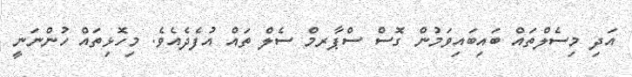
އަދި މިސެލްތައް ބައިބައިވަމުން ގޮސް ސްޕާރމް ސެލް ތައް އުފެދެއެވެ. މިހޮޅިތައް ހުންނަނީ